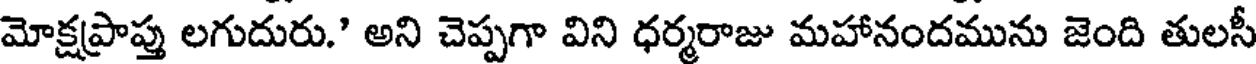
మోక్షప్రాప్తు లగుదురు." అని చెప్పగా విని ధర్మరాజు మహానందమును జెంది తులసీ